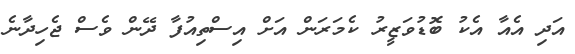
އަދި އެއާ އެކު ބޮޑުވަޒީރު ކެމަރަން އަށް އިސްތިއުފާ ދޭން ވެސް ޖެހިދާނެ